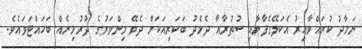
ނަމާދު ކުރައްވާއިރު އެކަލޭގެފާނާއި ސުތުރާއާ ދެމެދު ބަކަރިއަކަށް ދެވޭ މިންވަރުގެ ދުރުމިނެއް ބަހައްޓަވައެވެ.